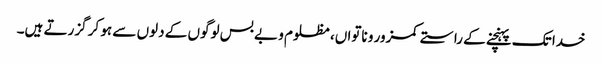
خدا تک پہنچنے کے راستے کمزور و ناتواں، مظلوم و بے بس لوگوں کے دلوں سے ہو کر گزرتے ہیں۔